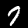
Digit: 7